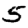
Digit: 5